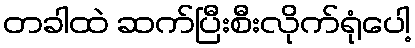
တခါထဲ ဆက်ပြီးစီးလိုက်ရုံပေါ့